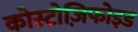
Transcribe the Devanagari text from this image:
कोस्टोज़िफोइड